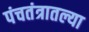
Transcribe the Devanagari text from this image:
पंचतंत्रातल्या